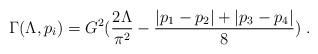
LaTeX: \begin{align*}\Gamma(\Lambda, p_i) = G^2(\frac{2\Lambda}{\pi^2}-\frac{|p_1-p_2|+|p_3-p_4|}{8})\;.\end{align*}